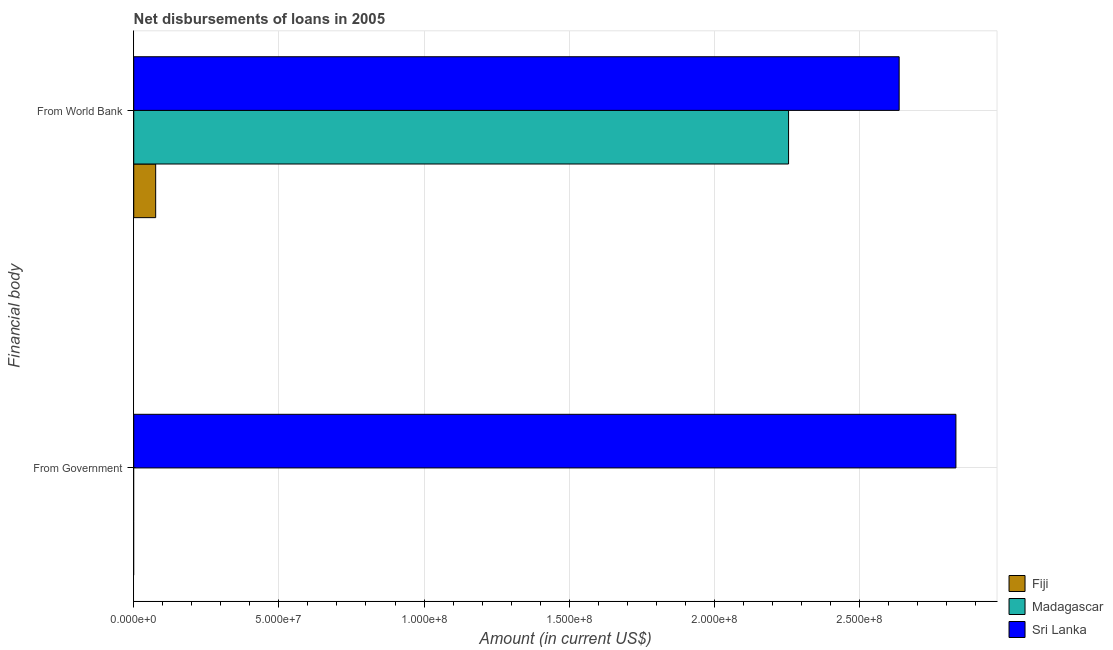
| Financial body | Fiji | Madagascar | Sri Lanka |
 | --- | --- | --- | --- |
 | From Government | -2.03e+06 | -1.37e+07 | 2.83e+08 |
 | From World Bank | 7.55e+06 | 2.26e+08 | 2.64e+08 |